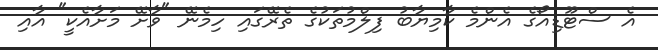
އެ ސްޓޫޑިއޯގެ އެންމެ ކާމިޔާބު ފިލްމުތަކުގެ ތެރޭގައި ހިމެނޭ "ވާށޭ މަށާއެކީ" އާއި